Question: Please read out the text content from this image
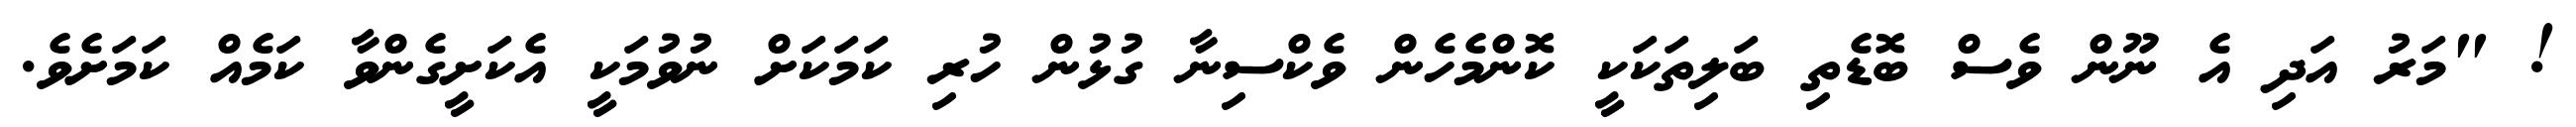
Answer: ! "މަރު އަދި އެ ނޫން ވެސް ބޮޑެތި ބަލިތަކަކީ ކޮންމެހެން ވެކްސިނާ ގުޅުން ހުރި ކަމަކަށް ނުވުމަކީ އެކަށީގެންވާ ކަމެއް ކަމަށެވެ.